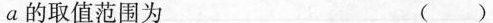
a 的取值范围为 ( )